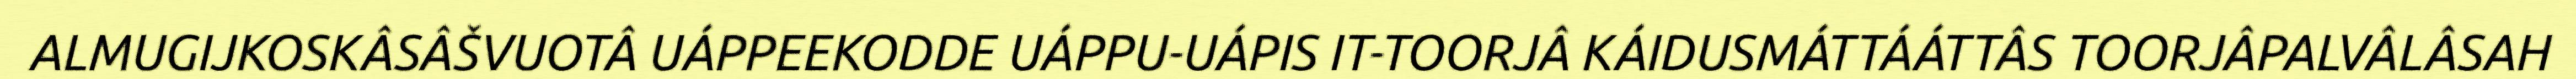
ALMUGIJKOSKÂSÂŠVUOTÂ UÁPPEEKODDE UÁPPU-UÁPIS IT-TOORJÂ KÁIDUSMÁTTÁÁTTÂS TOORJÂPALVÂLÂSAH